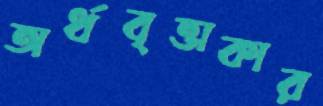
অর্ধবৃত্তাকার